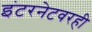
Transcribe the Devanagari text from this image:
इंटरनेटवरही